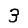
Digit: 3